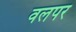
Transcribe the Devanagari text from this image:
वलपर